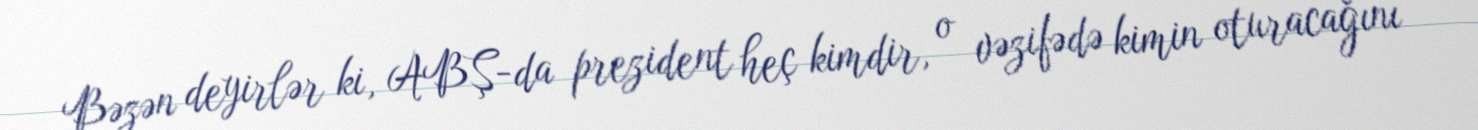
Bəzən deyirlər ki, ABŞ-da prezident heç kimdir, o vəzifədə kimin oturacağını